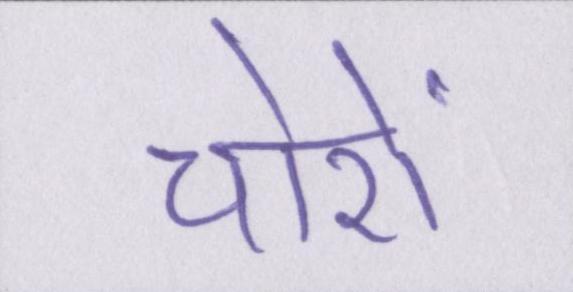
चोरों